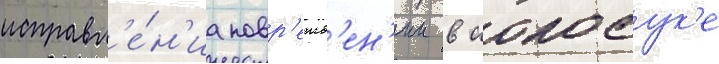
исправл'е́н'иа повр'ежд'ен'ии в иокосук'е